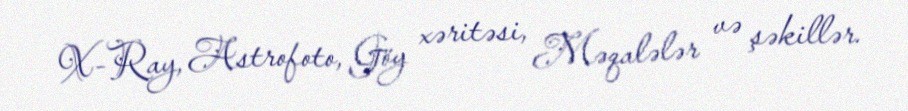
X-Ray, Astrofoto, Göy xəritəsi, Məqalələr və şəkillər.